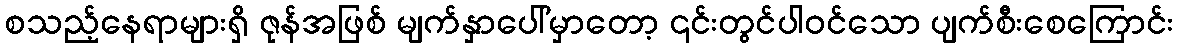
စသည့်နေရာများရှိ ဇုန်အဖြစ် မျက်နှာပေါ်မှာတော့ ၎င်းတွင်ပါဝင်သော ပျက်စီးစေကြောင်း